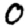
Digit: 0